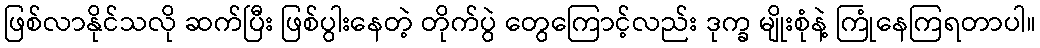
ဖြစ်လာနိုင်သလို ဆက်ပြီး ဖြစ်ပွါးနေတဲ့ တိုက်ပွဲ တွေကြောင့်လည်း ဒုက္ခ မျိုးစုံနဲ့ ကြုံနေကြရတာပါ။